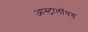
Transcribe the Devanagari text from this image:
आस्ट्रालॉयड